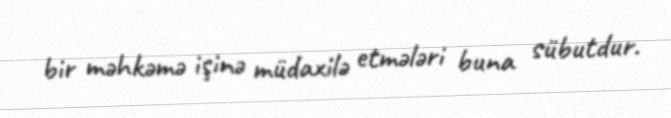
bir məhkəmə işinə müdaxilə etmələri buna sübutdur.